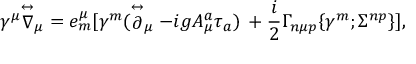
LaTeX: \gamma ^ { \mu } { \stackrel { \leftrightarrow } { \nabla } } _ { \mu } = e _ { m } ^ { \mu } [ \gamma ^ { m } ( \stackrel { \leftrightarrow } { \partial } _ { \mu } - i g A _ { \mu } ^ { a } \tau _ { a } ) \, + { \frac { i } { 2 } } \Gamma _ { n \mu p } \{ \gamma ^ { m } ; \Sigma ^ { n p } \} ] ,